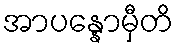
အာပန္နောမှီတိ